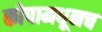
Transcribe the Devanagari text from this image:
कोपामधूनच